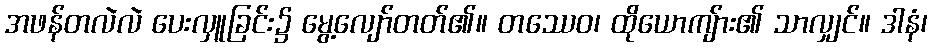
အဖန်တလဲလဲ ပေးလှူခြင်း၌ မွေ့လျော်တတ်၏။ တဿေဝ၊ ထိုယောကျ်ား၏ သာလျှင်။ ဒါနံ၊